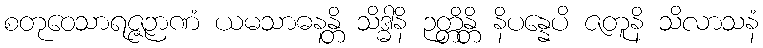
စတုဝေသာရဇ္ဇဉာဏံ ယမသာဓနန္တိ သိဒ္ဓါနိ ဉတ္တိန္တိ နိပန္နေပိ ဇတူနိ သိလာသနံ